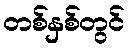
တစ်နှစ်တွင်